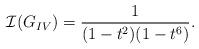
LaTeX: \begin{align*}\mathcal{I}(G_{IV}) = \frac{1}{(1-t^2)(1-t^6)}.\end{align*}